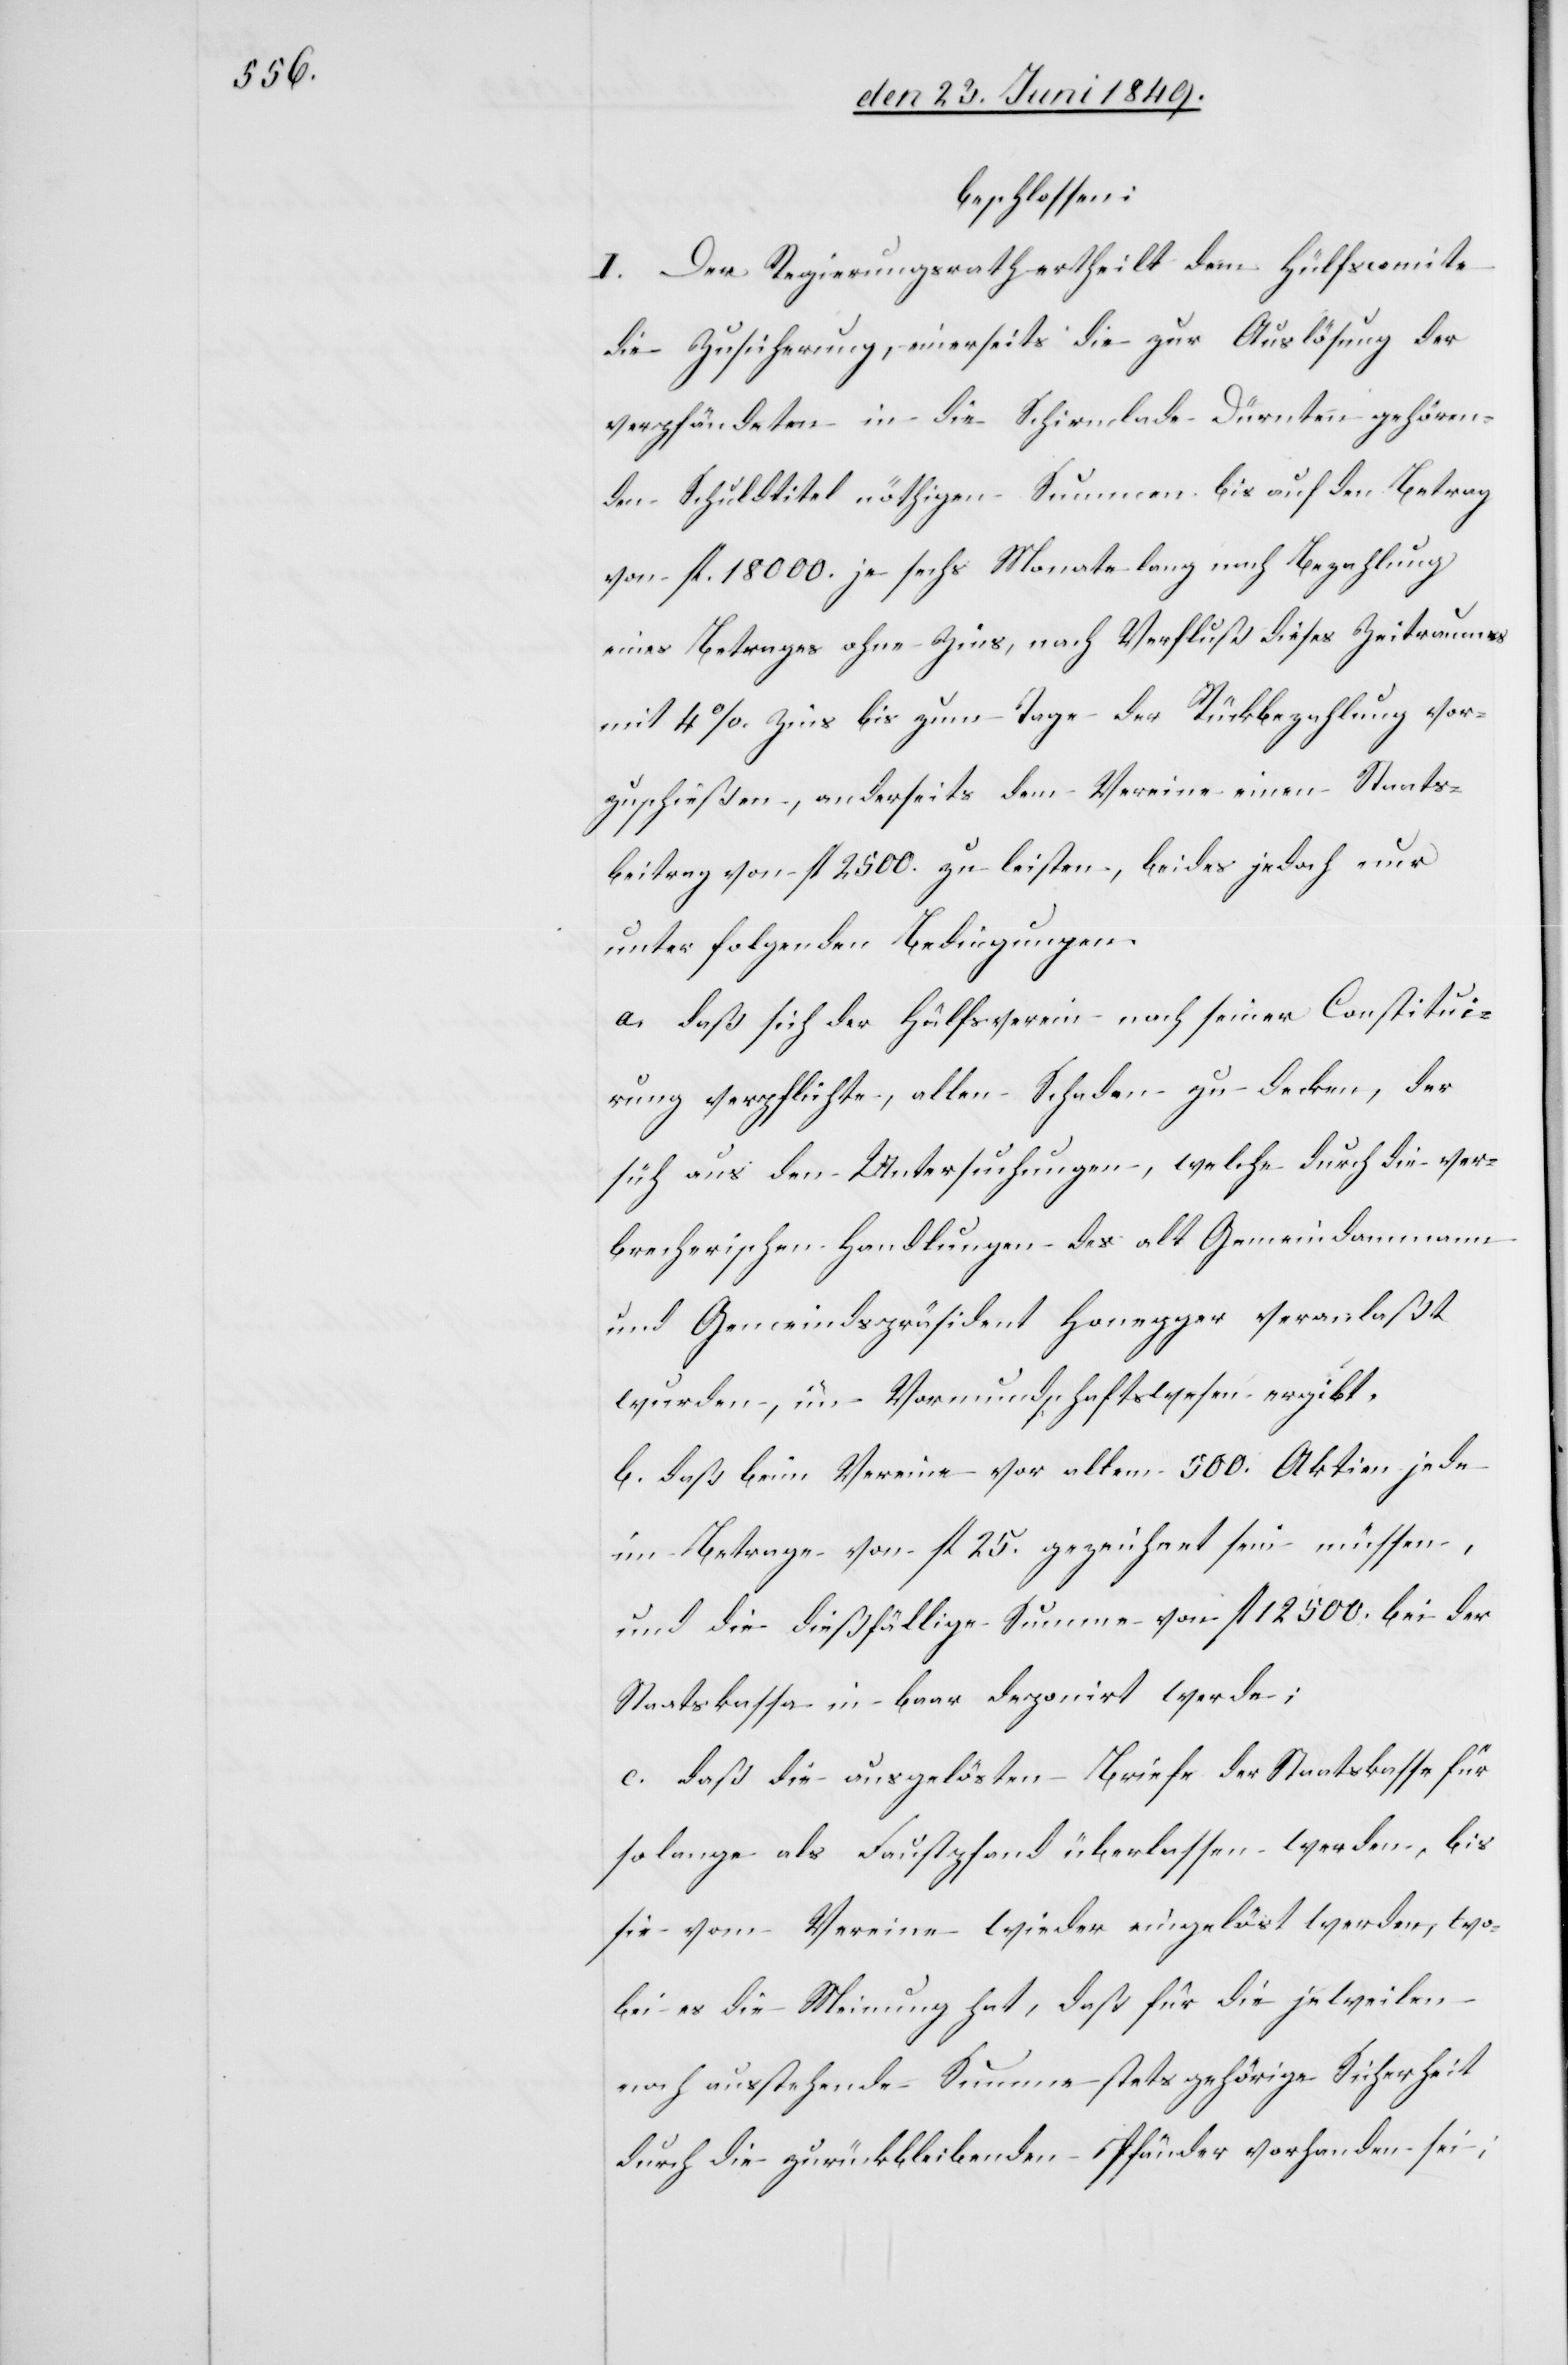
beschlossen:
I. Der Regierungsrath ertheilt dem Hülfscomite
die Zusicherung, einerseits die zur Auslösung der
verpfändeten in die Schirmlade Dürnten gehören¬
den Schuldtitel nöthigen Summen bis auf den Betrag
von fl. 18 000. je sechs Monate lang nach Bezahlung
eines Betrages ohne Zins, nach Verfluß dieses Zeitraumes
mit 4 %. Zins bis zum Tage der Rückbezahlung vor¬
zuschießen, anderseits dem Vereine einen Staats¬
beitrag von fl. 2500. zu leisten, beides jedoch nur
unter folgenden Bedingungen.
a. daß sich der Hülfsverein nach seiner Constitui¬
rung verpflichte, allen Schaden zu decken, der
sich aus den Untersuchungen, welche durch die ver¬
brecherischen Handlungen des alt Gemeindammann
und Gemeindspräsident Honegger veranlaßt
wurde], im Vormundschaftswesen ergibt.
b. daß beim Vereine vor allem 500. Aktien jede
im Betrage von fl. 25. gezeichnet sein müssen,
und die dießfällige Summe von fl. 12 500. bei der
Staatskassa in baar deponirt werde;
c. daß die ausgelösten Briefe der Staatskassa für
so lange als Faustpfand überlassen werden, bis
sie vom Vereine wieder eingelöst werden, wo¬
bei es die Meinung hat, daß für die jeweilen
noch ausstehende Summe stets gehörige Sicherheit
durch die zurückbleibenden Pfänder vorhanden sei;